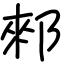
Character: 郲